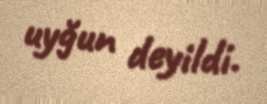
uyğun deyildi.